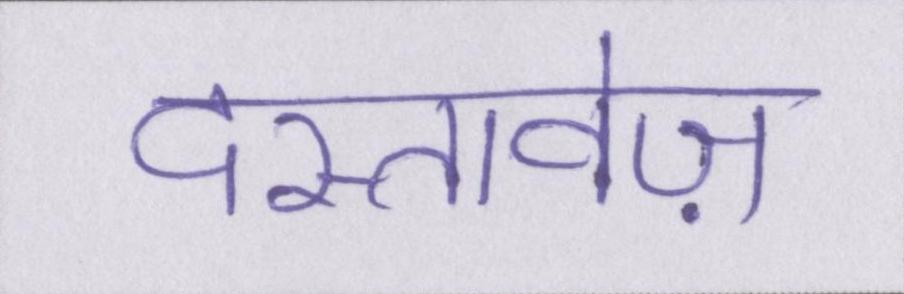
दस्तावेज़